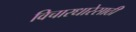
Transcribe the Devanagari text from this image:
विचारधारेसाठी